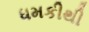
ધમકીથી